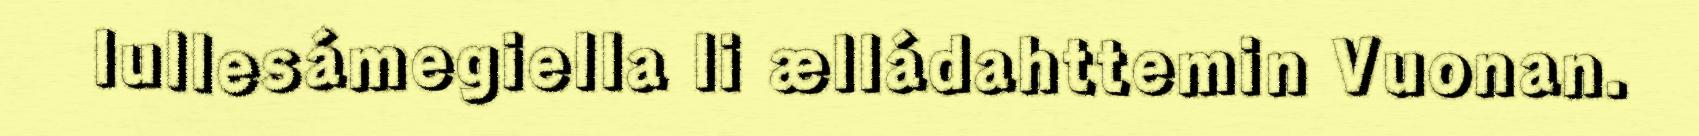
lullesámegiella li ælládahttemin Vuonan.